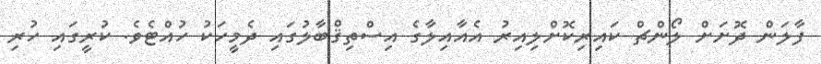
ފާލަން ދޮށަށް ލޯންޗް ކައިރިކޮށްލިއިރު އެއާއިލާގެ އިސްތިޤްބާލުގައި ދެމީހަކު ހުއްޓެވެ. ކުރީގައި ހުރި